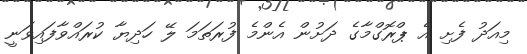
މިއަދު ފެށި އެ ޕްރޮގްމާގެ ދަށުން އެންމެ ފުރަތަމަ ލޭ ހަދިޔާ ކުރައްވާފައިވަނީ